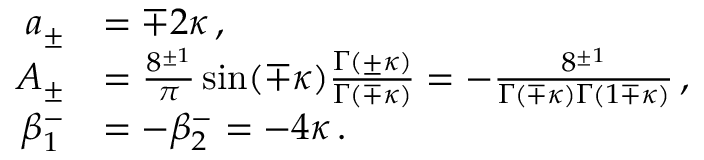
\begin{array} { r l } { a _ { \pm } } & { = \mp 2 \kappa \, , } \\ { A _ { \pm } } & { = \frac { 8 ^ { \pm 1 } } { \pi } \sin ( \mp \kappa ) \frac { \Gamma ( \pm \kappa ) } { \Gamma ( \mp \kappa ) } = - \frac { 8 ^ { \pm 1 } } { \Gamma ( \mp \kappa ) \Gamma ( 1 \mp \kappa ) } \, , } \\ { \beta _ { 1 } ^ { - } } & { = - \beta _ { 2 } ^ { - } = - 4 \kappa \, . } \end{array}